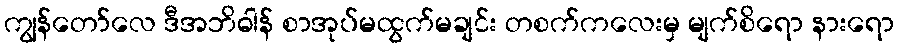
ကျွန်တော်လေ ဒီအဘိဓါန် စာအုပ်မထွက်မချင်း တစက်ကလေးမှ မျက်စိရော နားရော